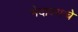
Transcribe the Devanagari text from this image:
भेदावयाचे